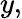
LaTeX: y,